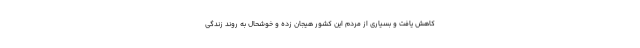
کاهش یافت و بسیاری از مردم این کشور هیجان زده و خوشحال به روند زندگی